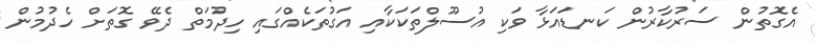
އެގޮތުން ސަރުކާރުން ކަނޑައަޅާ ވަކި އުސޫލްތަކަކާއި އަގުތަކެއްގައި ހިދުމަތް ދެވޭ ގޮތަށް ހެދުމުން